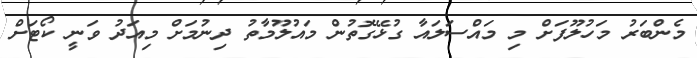
މެންބަރު މަހުލޫފަށް މި މައްސަލައާ ގުޅޭގޮތުން މައުލޫމާތު ދިނުމަށް މިއަދު ވަނީ ކޯޓަށް